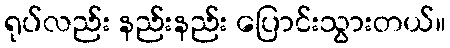
ရုပ်လည်း နည်းနည်း ပြောင်းသွားတယ်။